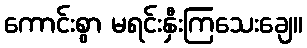
ကောင်းစွာ မရင်းနှီးကြသေးချေ။